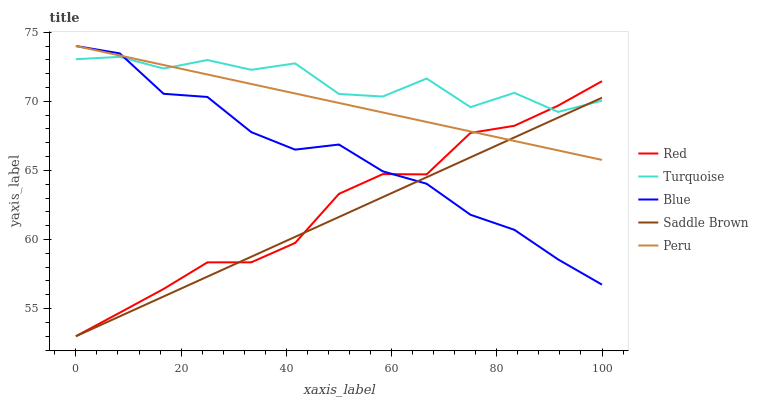
| xaxis_label | Red | Turquoise | Blue | Saddle Brown | Peru |
 | --- | --- | --- | --- | --- | --- |
 | 0 | 53 | 73 | 74 | 53 | 74 |
 | 8.33 | 54.7 | 73.2 | 73.5 | 54.4 | 73.3 |
 | 16.7 | 56.4 | 72.4 | 70.5 | 55.9 | 72.6 |
 | 25 | 58.3 | 73 | 70.3 | 57.3 | 71.9 |
 | 33.3 | 58.3 | 72.3 | 67.8 | 58.8 | 71.3 |
 | 41.7 | 59.7 | 72.7 | 66.5 | 60.2 | 70.6 |
 | 50 | 63.3 | 70.5 | 66.9 | 61.6 | 69.9 |
 | 58.3 | 64.7 | 70.3 | 64.9 | 63.1 | 69.2 |
 | 66.7 | 64.7 | 71.6 | 64 | 64.5 | 68.5 |
 | 75 | 67.7 | 69.6 | 61.8 | 65.9 | 67.8 |
 | 83.3 | 68.2 | 70.6 | 60.7 | 67.4 | 67.1 |
 | 91.7 | 69.7 | 69.2 | 58.6 | 68.8 | 66.4 |
 | 100 | 71.5 | 70 | 56.7 | 70.3 | 65.8 |